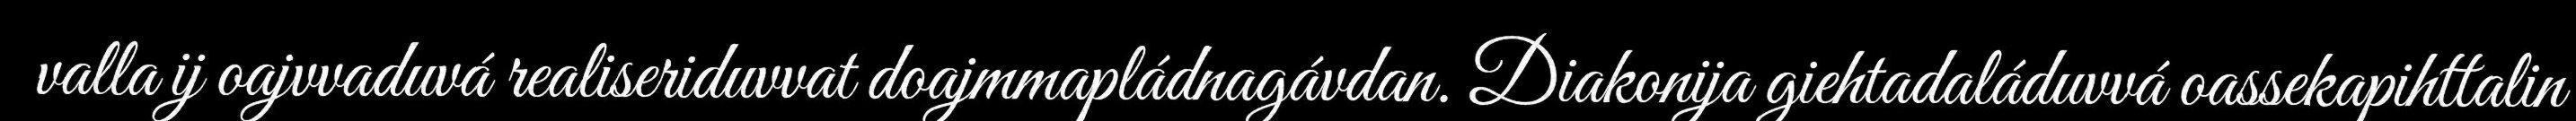
valla ij oajvvaduvá realiseriduvvat doajmmapládnagávdan. Diakonija giehtadaláduvvá oassekapihttalin